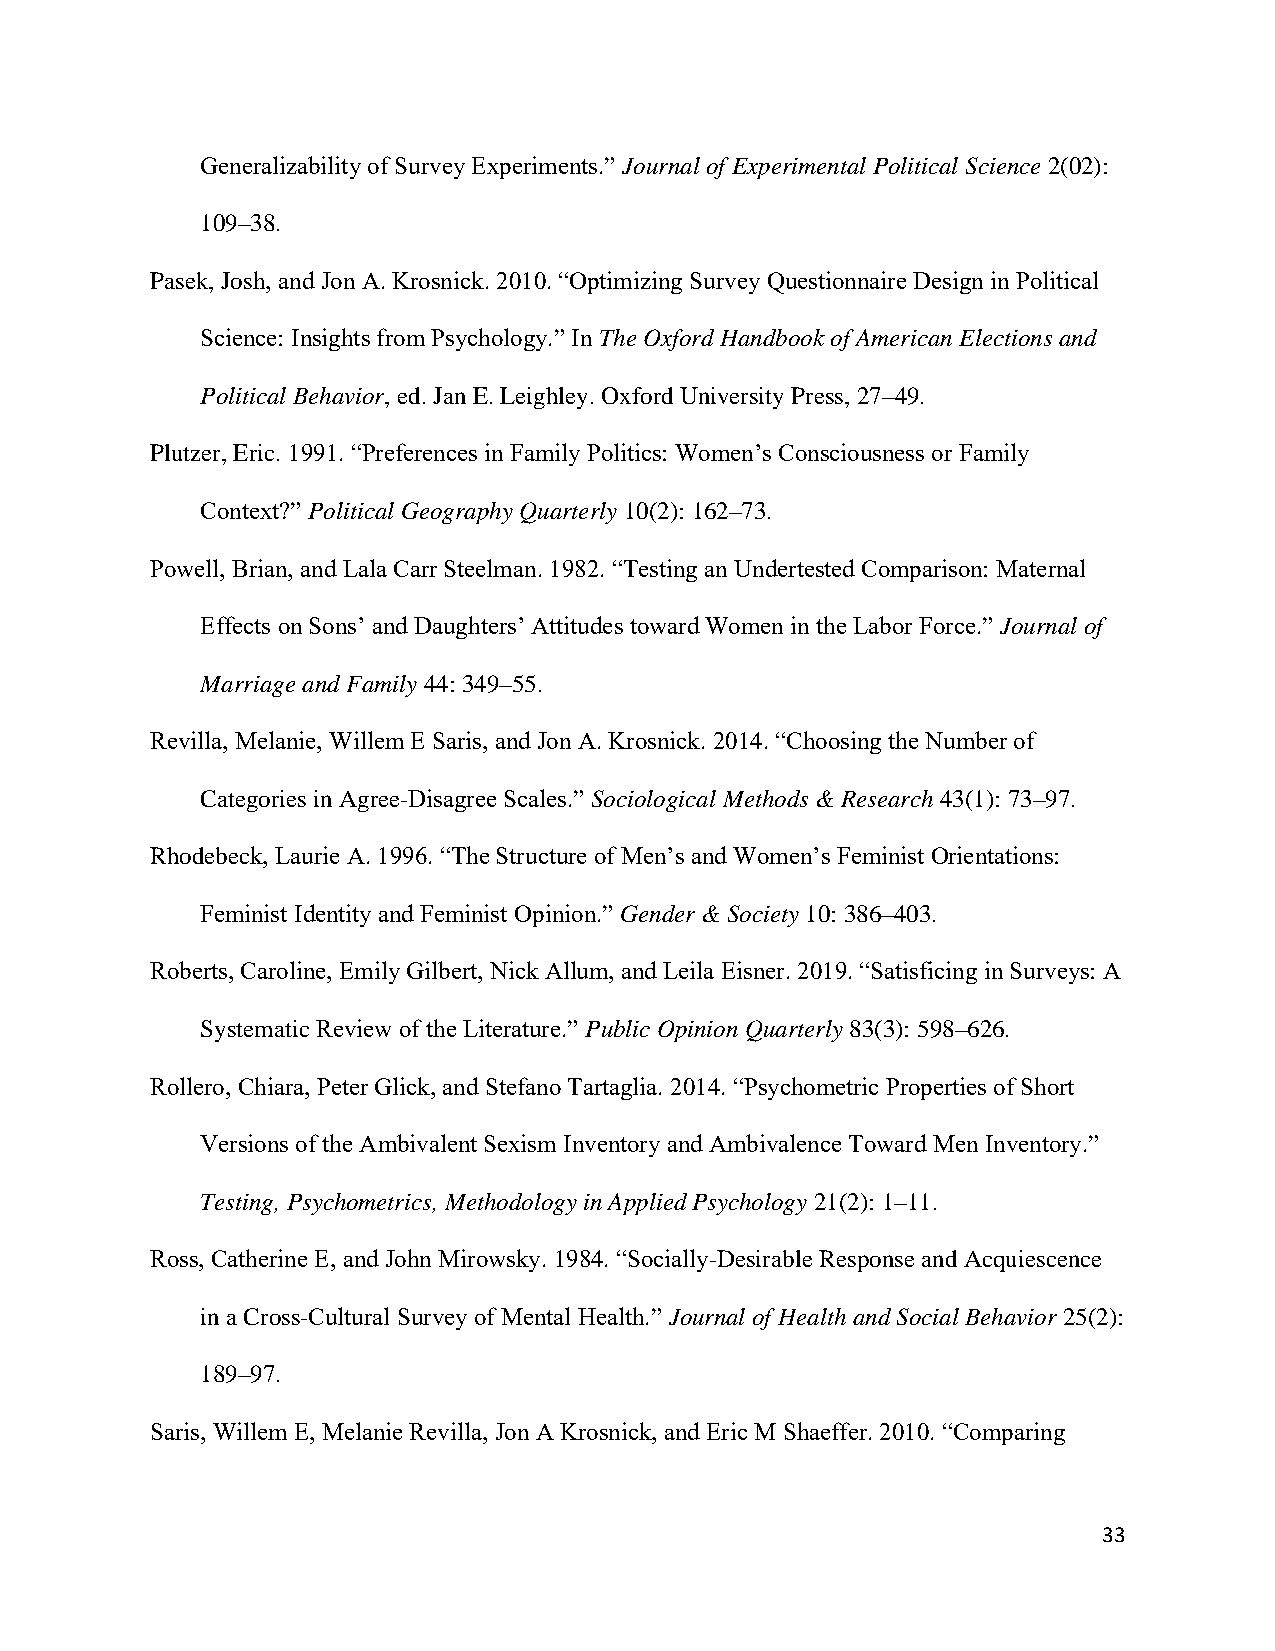
Generalizability of Survey Experiments.” Journal of Experimental Political Science 2(02):
 109–38.
 Pasek, Josh, and Jon A. Krosnick. 2010. “Optimizing Survey Questionnaire Design in Political
 Science: Insights from Psychology.” In The Oxford Handbook of American Elections and
 Political Behavior, ed. Jan E. Leighley. Oxford University Press, 27–49.
 Plutzer, Eric. 1991. “Preferences in Family Politics: Women’s Consciousness or Family
 Context?” Political Geography Quarterly 10(2): 162–73.
 Powell, Brian, and Lala Carr Steelman. 1982. “Testing an Undertested Comparison: Maternal
 Effects on Sons’ and Daughters’ Attitudes toward Women in the Labor Force.” Journal of
 Marriage and Family 44: 349–55.
 Revilla, Melanie, Willem E Saris, and Jon A. Krosnick. 2014. “Choosing the Number of
 Categories in Agree-Disagree Scales.” Sociological Methods & Research 43(1): 73–97.
 Rhodebeck, Laurie A. 1996. “The Structure of Men’s and Women’s Feminist Orientations:
 Feminist Identity and Feminist Opinion.” Gender & Society 10: 386–403.
 Roberts, Caroline, Emily Gilbert, Nick Allum, and Leila Eisner. 2019. “Satisficing in Surveys: A
 Systematic Review of the Literature.” Public Opinion Quarterly 83(3): 598–626.
 Rollero, Chiara, Peter Glick, and Stefano Tartaglia. 2014. “Psychometric Properties of Short
 Versions of the Ambivalent Sexism Inventory and Ambivalence Toward Men Inventory.”
 Testing, Psychometrics, Methodology in Applied Psychology 21(2): 1–11.
 Ross, Catherine E, and John Mirowsky. 1984. “Socially-Desirable Response and Acquiescence
 in a Cross-Cultural Survey of Mental Health.” Journal of Health and Social Behavior 25(2):
 189–97.
 Saris, Willem E, Melanie Revilla, Jon A Krosnick, and Eric M Shaeffer. 2010. “Comparing
 33